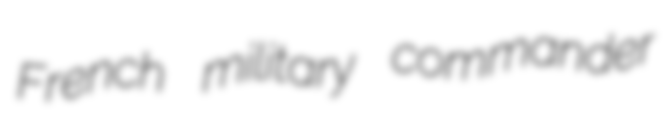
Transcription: French military commander